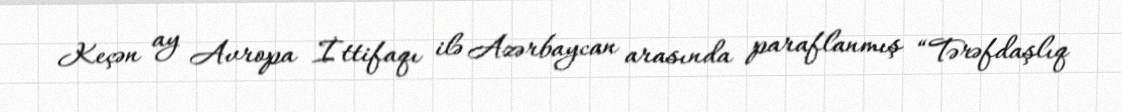
Keçən ay Avropa İttifaqı ilə Azərbaycan arasında paraflanmış “Tərəfdaşlıq